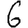
Digit: 6